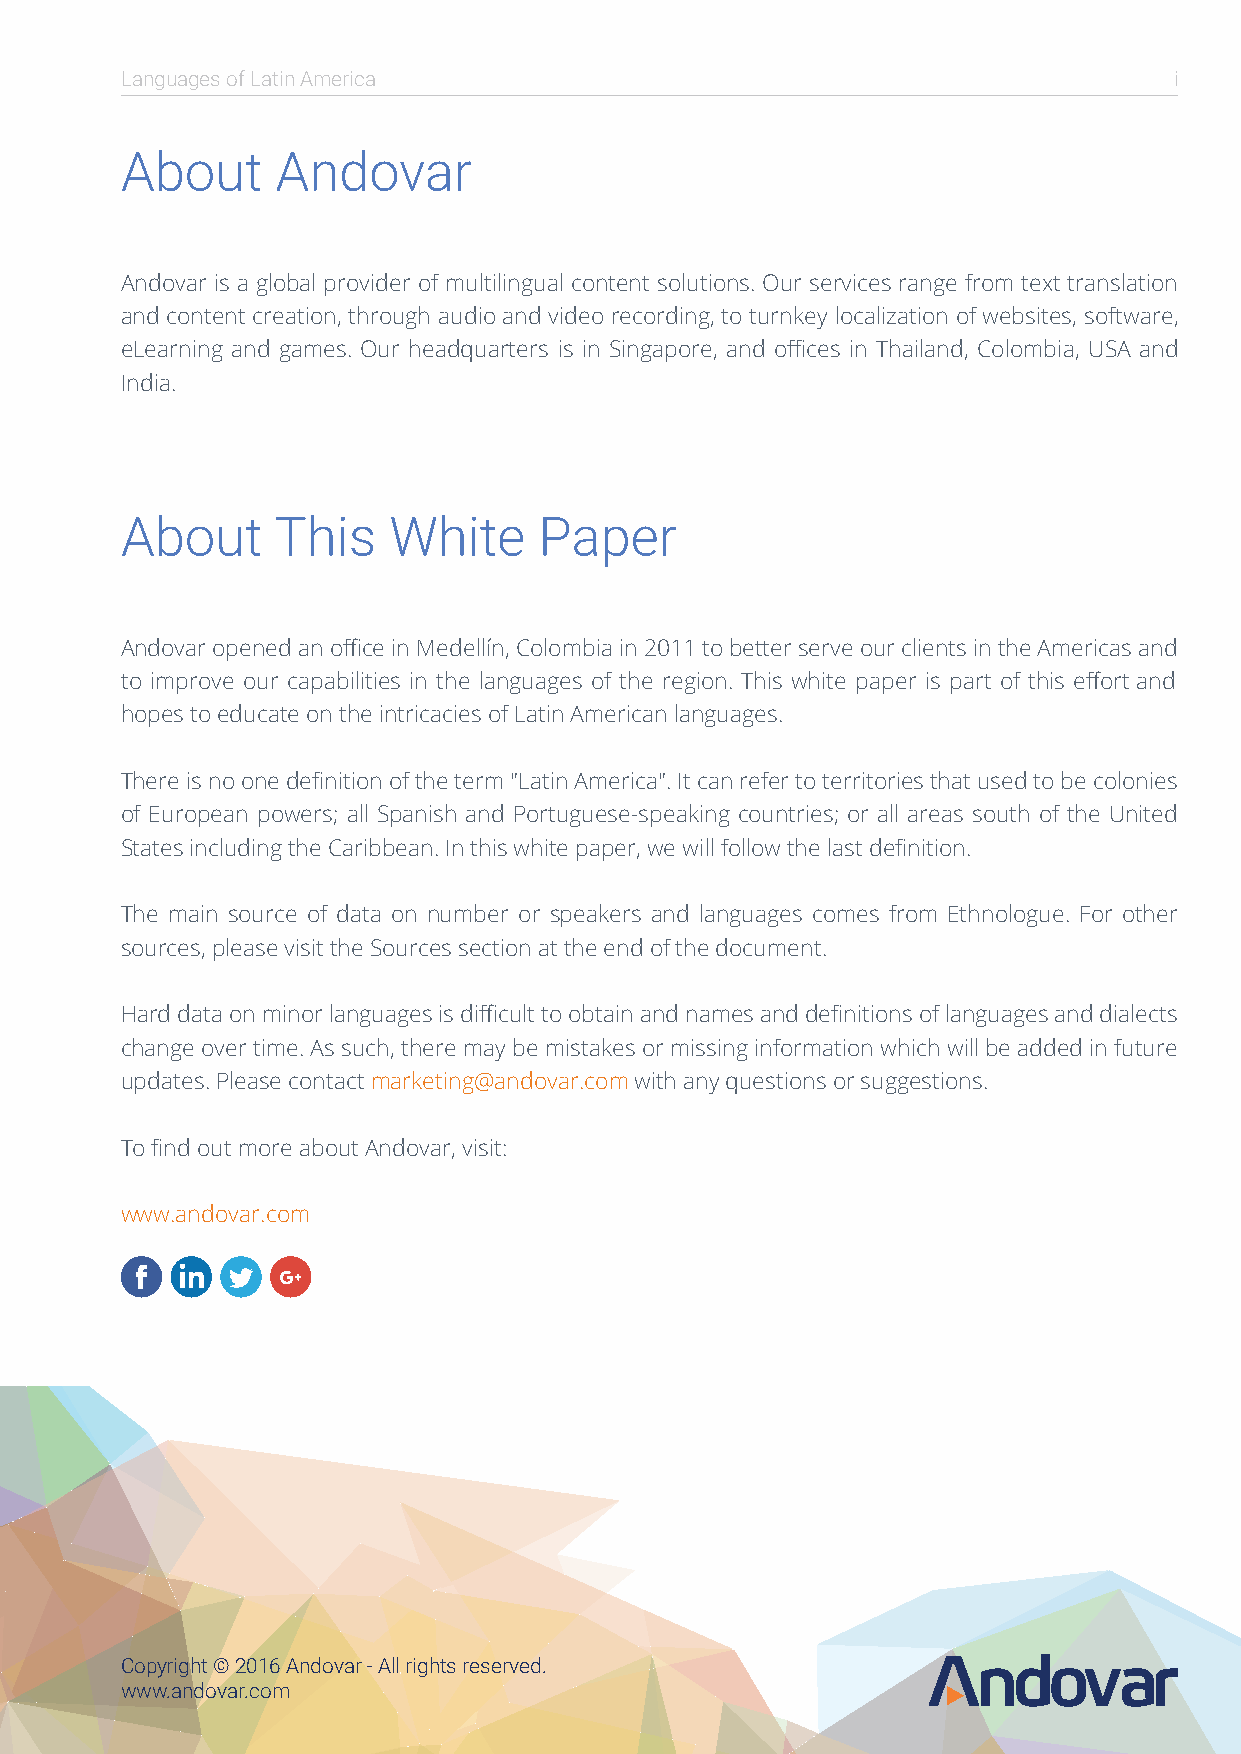
Languages of Latin America                                            i
 About     Andovar
 Andovar is a global provider of multilingual content solutions. Our services range from text translation
 and content creation, through audio and video recording, to turnkey localization of websites, software,
 eLearning and games. Our headquarters is in Singapore, and offices in Thailand, Colombia, USA and
 India.
 About     This    White     Paper
 Andovar opened an office in Medellín, Colombia in 2011 to better serve our clients in the Americas and
 to improve our capabilities in the languages of the region. This white paper is part of this effort and
 hopes to educate on the intricacies of Latin American languages.
 There is no one definition of the term "Latin America". It can refer to territories that used to be colonies
 of European powers; all Spanish and Portuguese-speaking countries; or all areas south of the United
 States including the Caribbean. In this white paper, we will follow the last definition.
 The main source of data on number or speakers and languages comes from Ethnologue. For other
 sources, please visit the Sources section at the end of the document.
 Hard data on minor languages is difficult to obtain and names and definitions of languages and dialects
 change over time. As such, there may be mistakes or missing information which will be added in future
 updates. Please contact marketing@andovar.com with any questions or suggestions.
 To find out more about Andovar, visit:
 www.andovar.com
 Copyright © 2016 Andovar - All rights reserved.
 www.andovar.com